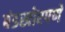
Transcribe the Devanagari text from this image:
बंडखोरपणे